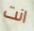
انت